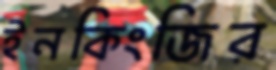
ইনকিংজির